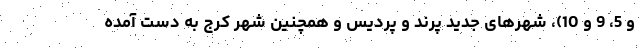
و 5، 9 و 10)، شهرهای جدید پرند و پردیس و همچنین شهر کرج به دست آمده